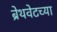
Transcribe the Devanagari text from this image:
ब्रेथवेटच्या